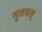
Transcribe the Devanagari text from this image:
मृतवत्